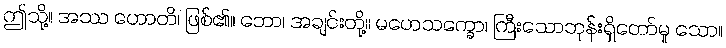
ဤသို့။ အဿ ဟောတိ၊ ဖြစ်၏။ ဘော၊ အချင်းတို့။ မဟေသက္ခော၊ ကြီးသောဘုန်းရှိတော်မူ သော။